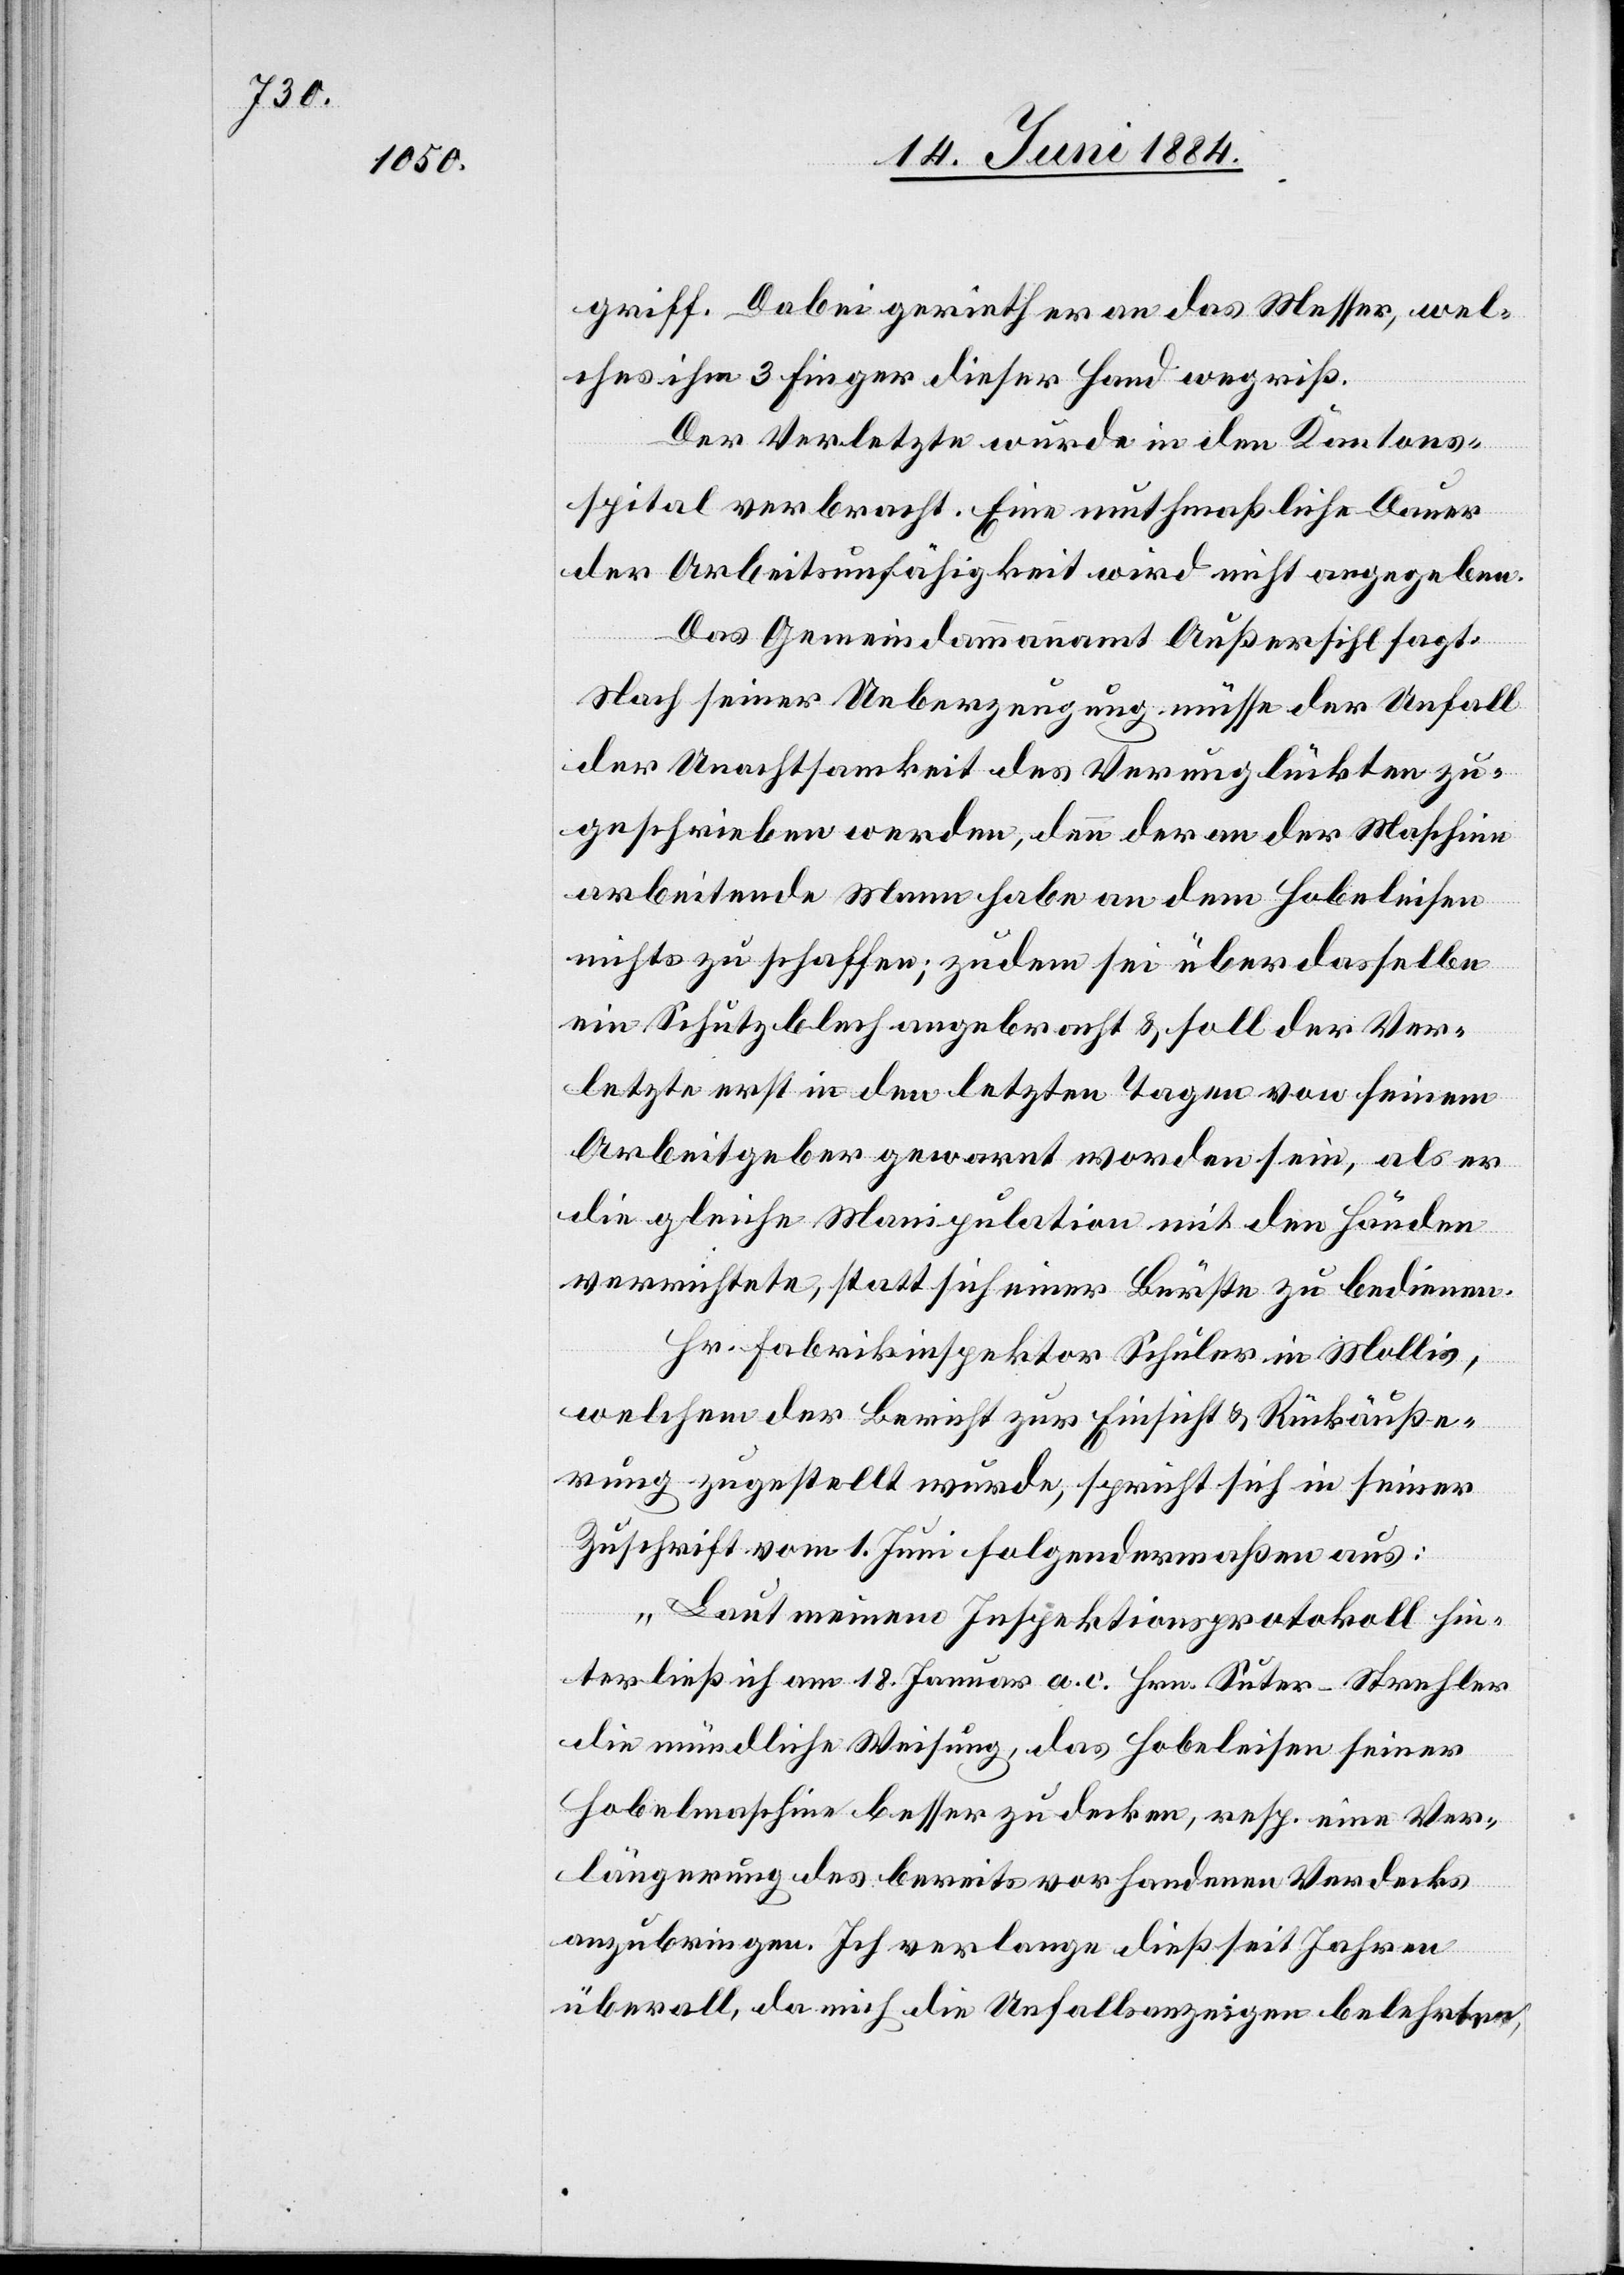
griff. Dabei gerieth er an das Messer, wel¬
ches ihm 3 Finger dieser Hand wegriß.
Der Verletzte wurde in den Kantons¬
spital verbracht. Eine muthmaßliche Dauer
der Arbeitsunfähigkeit wird nicht angegeben.
Das Gemeindeammannamt Außersihl sagt:
Nach seiner Ueberzeugung müsse der Unfall
der Unachtsamkeit des Verunglückten zu¬
geschrieben werden, denn der an der Maschine
arbeitende Mann habe an dem Hobeleisen
nichts zu schaffen; zudem sei über dasselbe
ein Schutzblech angebracht & soll der Ver¬
letzte erst in den letzten Tagen von seinem
Arbeitsgeber gewarnt worden sei, als er
die gleiche Manipulation mit den Händen
verrichtete, statt sich einer Bürste zu bedienen.
Hr. Fabrikinspektor Schuler in Mollis,
welchem der Bericht zur Einsicht & Rückäuße¬
rung zugestellt wurde, spricht sich in seiner
Zuschrift vom 1. Juni folgendermaßen aus:
„Laut meinem Inspektionsprotokoll hin¬
terließ ich am 18. Januar a. c. Hrn. Suter-Strehler
die mündliche Weisung, das Hobeleisen seiner
Hobelmaschine besser zu decken, resp. eine Ver¬
längerung des bereits vorhandenen Verdecks
anzubringen. Ich verlange dieß seit Jahren
überall, da mich die Unfallsanzeigen belehrten,